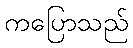
ကပြောသည်